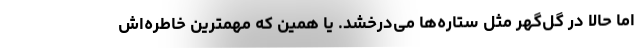
اما حالا در گل‌گهر مثل ستاره‌ها می‌درخشد. یا همین که مهمترین خاطره‌اش